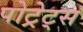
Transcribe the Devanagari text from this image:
पोट्रेट्स